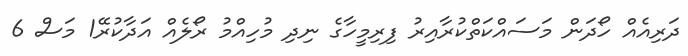
ދަރިއެއް ހޯދަން މަސައްކަތްކުރާއިރު ފިރިމީހާގެ ނިދި މުހިއްމު ރޯލެއް އަދާކުރޭ1 މަސް 6